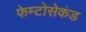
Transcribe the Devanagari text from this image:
फेम्टोसेकंड